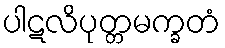
ပါဋလိပုတ္တမက္ခတံ